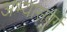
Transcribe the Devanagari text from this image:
अभ्यासवर्ग